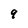
Character: 9